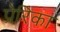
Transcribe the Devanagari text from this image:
प्रेरिका